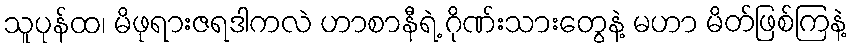
သူပုန်ထ၊ မိဖုရားဇရဒါကလဲ ဟာစာနီရဲ့ ဂိုဏ်းသားတွေနဲ့ မဟာ မိတ်ဖြစ်ကြနဲ့